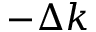
- \Delta k